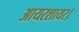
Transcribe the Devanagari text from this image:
आयरशायर।